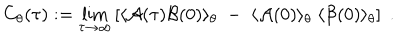
C _ { \theta } ( \tau ) : = \lim _ { \tau \rightarrow \infty } \left[ \langle { \cal A } ( \tau ) { \cal B } ( 0 ) \rangle _ { \theta } \; - \; \langle { \cal A } ( 0 ) \rangle _ { \theta } \; \langle { \cal B } ( 0 ) \rangle _ { \theta } \right] \; .